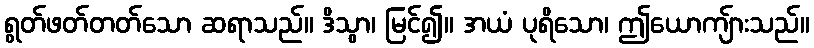
ရွတ်ဖတ်တတ်သော ဆရာသည်။ ဒိသွာ၊ မြင်၍။ အယံ ပုရိသော၊ ဤယောကျ်ားသည်။